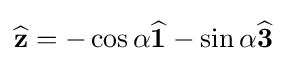
{\textstyle {\widehat {\mathbf {z} }}=-\cos \alpha {\widehat {\mathbf {1} }}-\sin \alpha {\widehat {\mathbf {3} }}}